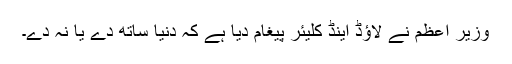
وزیر اعظم نے لاؤڈ اینڈ کلیئر پیغام دیا ہے کہ دنیا ساتھ دے یا نہ دے۔